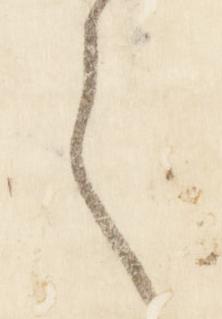
之